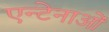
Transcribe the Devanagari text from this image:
एन्टेनाओं